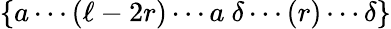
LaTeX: \{ a\cdots(\ell-2r)\cdots a\ \delta\cdots(r)\cdots\delta\}